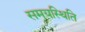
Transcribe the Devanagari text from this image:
समयस्थिति